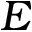
E